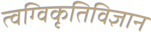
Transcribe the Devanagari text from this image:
त्वग्विकृतिविज्ञान